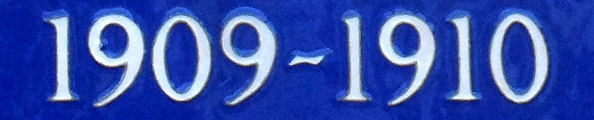
1909~1910